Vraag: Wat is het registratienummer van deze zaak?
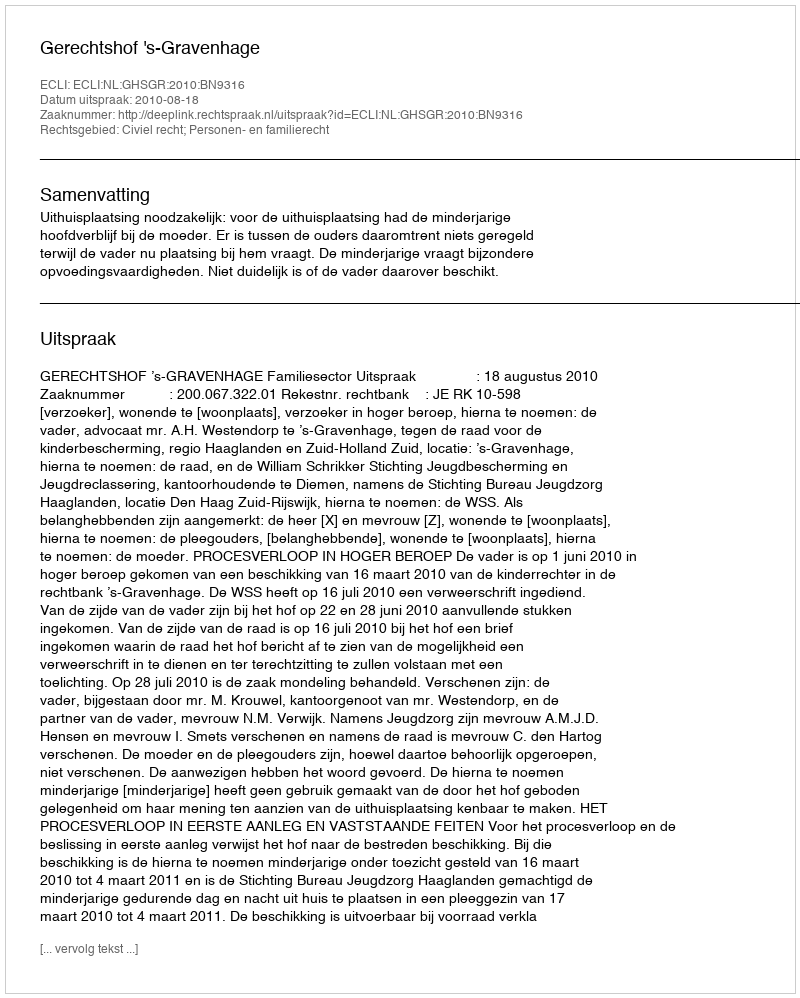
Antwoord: http://deeplink.rechtspraak.nl/uitspraak?id=ECLI:NL:GHSGR:2010:BN9316